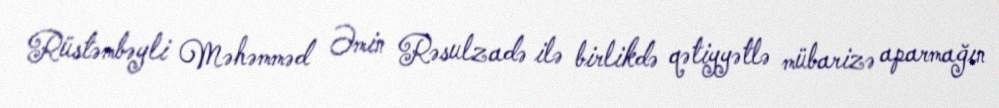
Rüstəmbəyli Məhəmməd Əmin Rəsulzadə ilə birlikdə qətiyyətlə mübarizə aparmağın